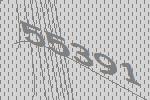
55391